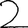
Digit: 2